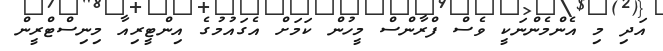
އަދި މި އެންމެންނަކީ ވެސް ފްރާންސް މީހުން ކަމަށް އެގައުމުގެ އިންޓީރިއާ މިނިސްޓްރީން